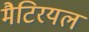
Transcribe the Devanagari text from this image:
मैटिरयल